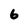
Character: 6